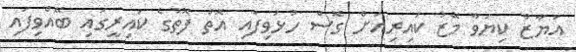
އަޔާޒް ކިޔަވާ މޭޒު ކައިރިއަށް ގޮސް ހުޅުވިފައި އޮތް ފޮތުގެ ކައިރީގައި ބޭއްވިފައި